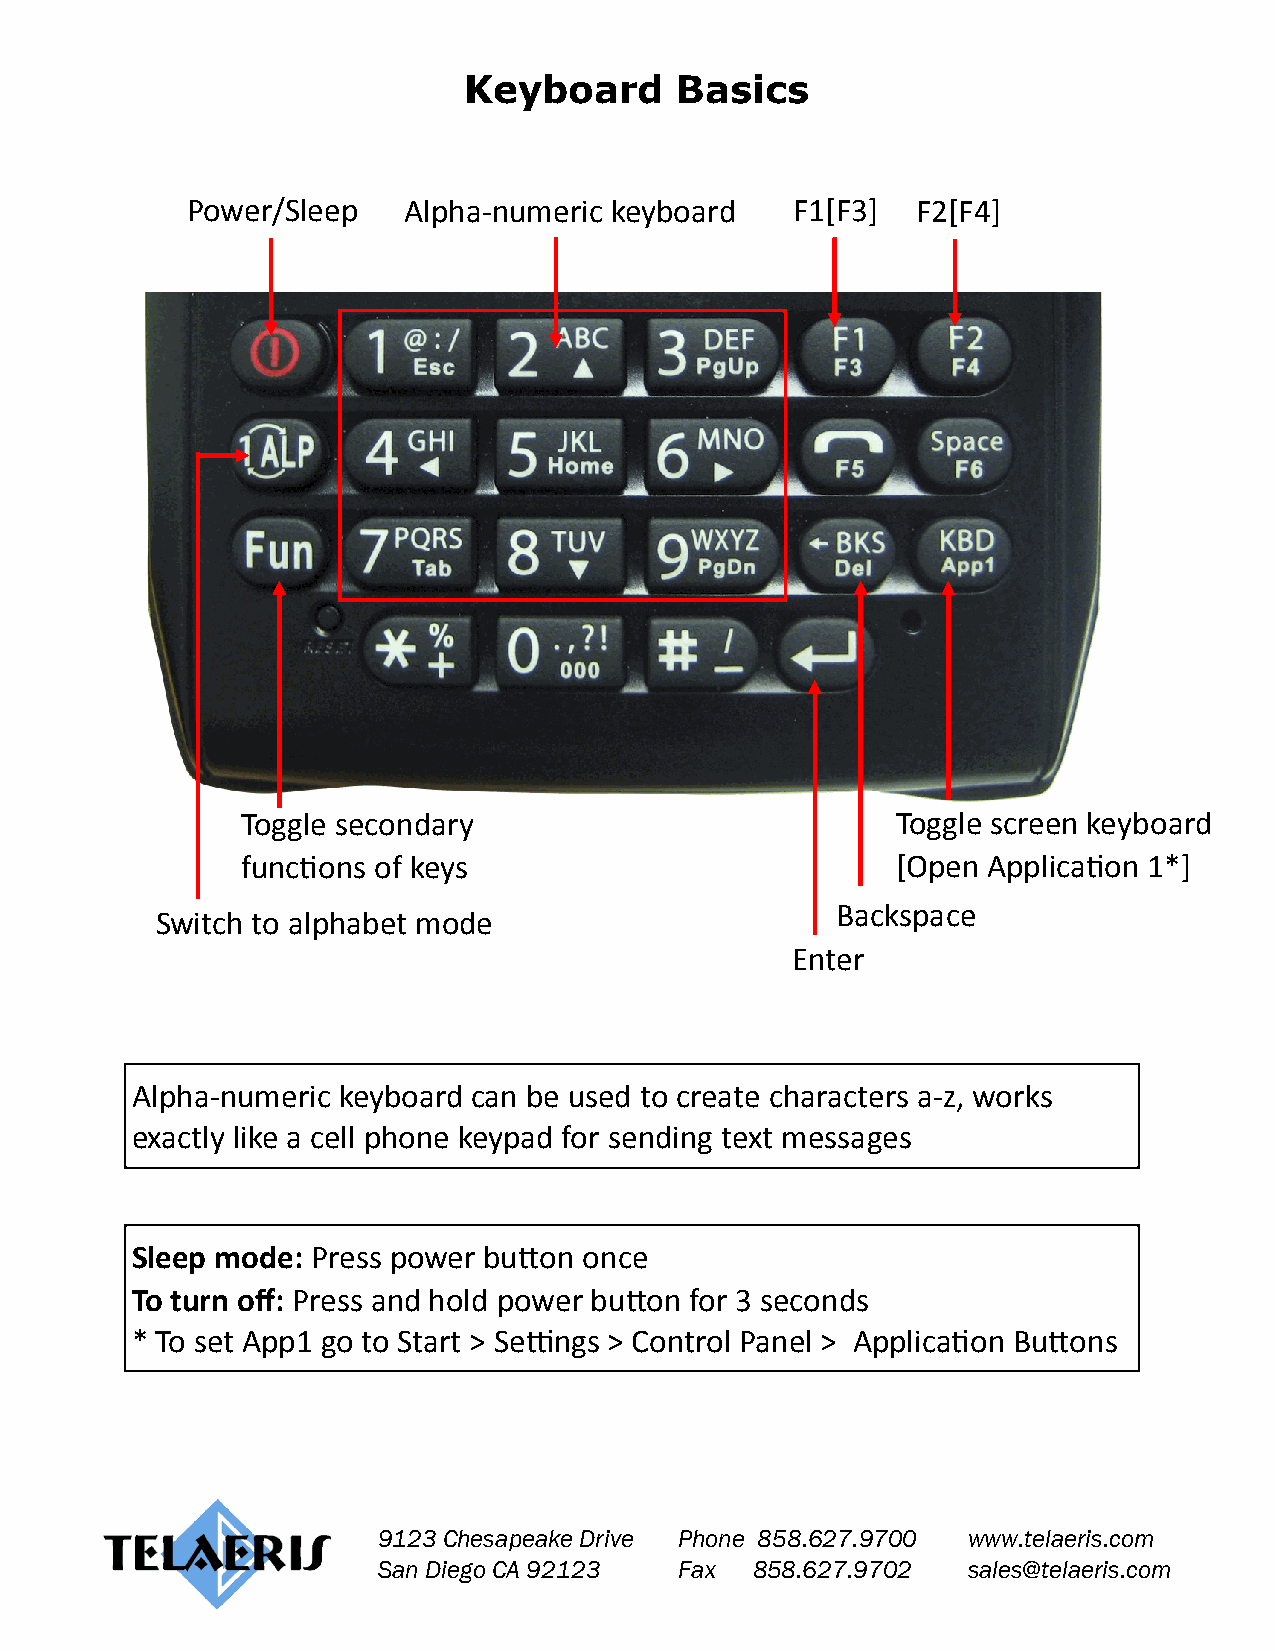
Keyboard      Basics
 Power/Sleep    Alpha-numeric keyboard    F1[F3]  F2[F4]
 Toggle secondary                           Toggle screen keyboard
 functions of keys                          [Open Application 1*]
 Backspace
 Switch to alphabet mode
 Enter
 Alpha-numeric keyboard can be used to create characters a-z, works
 exactly like a cell phone keypad for sending text messages
 Sleep mode: Press power button once
 To turn off: Press and hold power button for 3 seconds
 * To set App1 go to Start > Settings > Control Panel > Application Buttons
 9123 Chesapeake Drive Phone 858.627.9700 www.telaeris.com
 San Diego CA 92123  Fax  858.627.9702  sales@telaeris.com